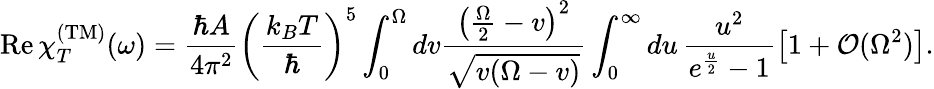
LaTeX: \mathrm{Re}\, \chi_{T}^{\mathrm{(TM)}}(\omega)=\frac{\hbar A}{4\pi^{2}}\left(\frac{k_{B}T}{\hbar}\right)^{5}\int_{0}^{\Omega}dv\frac{\left(\frac{\Omega}{2}-v\right)^{2}}{\sqrt{v(\Omega-v)}}\int_{0}^{\infty}du\, \frac{u^{2}}{e^{\frac{u}{2}}-1}\left[1+{\cal O}(\Omega^{2})\right].